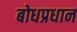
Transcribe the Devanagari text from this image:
बोधप्रधान